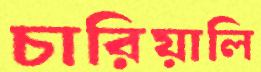
চারিয়ালি